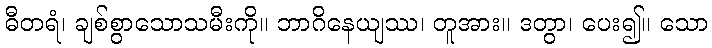
ဓီတရံ၊ ချစ်စွာသောသမီးကို။ ဘာဂိနေယျဿ၊ တူအား။ ဒတွာ၊ ပေး၍။ သော